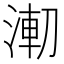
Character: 𰜌